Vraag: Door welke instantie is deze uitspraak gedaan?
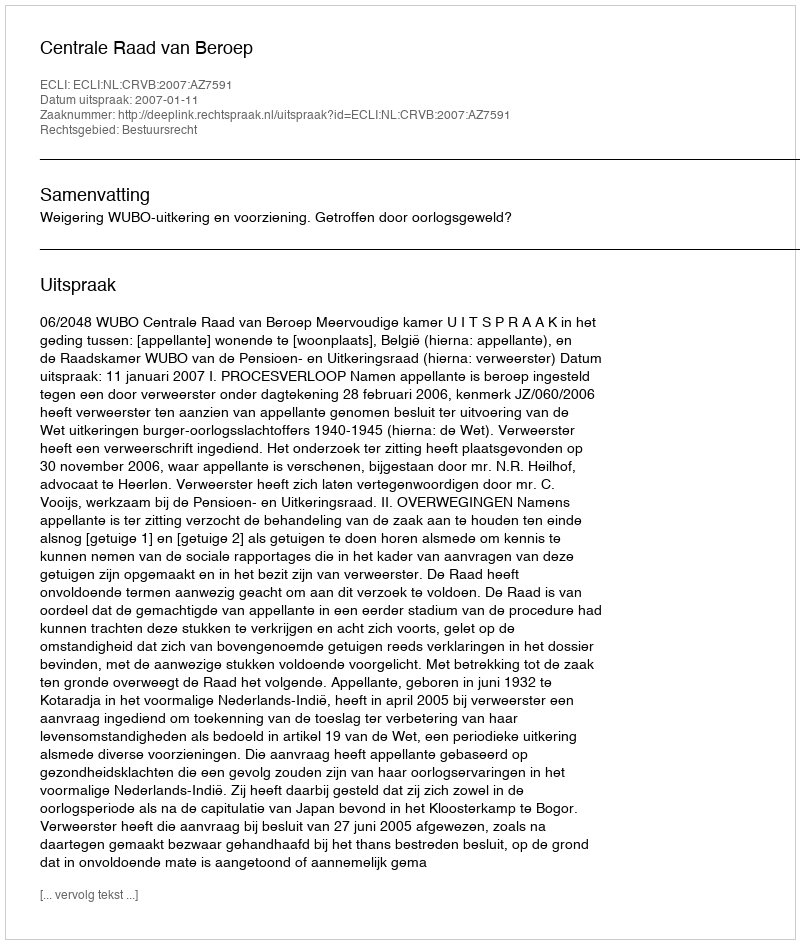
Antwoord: Centrale Raad van Beroep